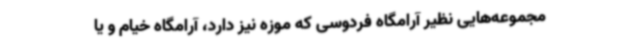
مجموعه‌هایی نظیر آرامگاه فردوسی که موزه نیز دارد، آرامگاه خیام و یا